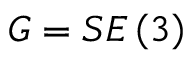
G = S E \left( 3 \right)